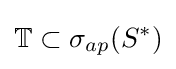
\mathbb {T} \subset \sigma _{ap}(S^{*})